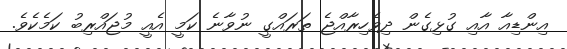
އިންޑިއާ އާއި ގުޅިގެން ދިވެހިރާއްޖެ ތަރައްގީ ނުވާނެ ކަމީ އެއީ މުޖައްރިބު ކަމެކެވެ.